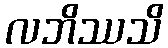
လဘိဿသိ